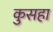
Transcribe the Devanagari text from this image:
कुसहा